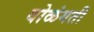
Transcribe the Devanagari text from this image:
वोळंगती